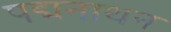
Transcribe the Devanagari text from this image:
पद्मनाथन